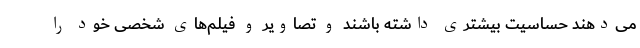
می‌دهند حساسیت بیشتری داشته باشند و تصاویر و فیلم‌های شخصی خود را